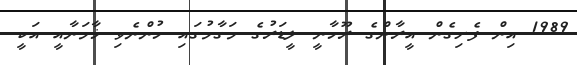
1989 އިން ފެށިގެން އީރާންގެ ރޫހާނީ ލީޑަރުގެ މަގާމުގައި ހުންނެވި ޚާމަނާއީ އަކީ